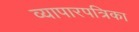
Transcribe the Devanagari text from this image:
व्यापारपत्रिका